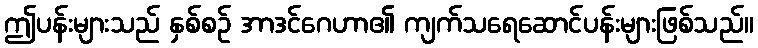
ဤပန်းများသည် နှစ်စဉ် အာဒင်ဂေဟာ၏ ကျက်သရေဆောင်ပန်းများဖြစ်သည်။